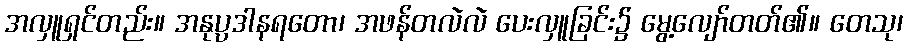
အလှူရှင်တည်း။ အနုပ္ပဒါနရတော၊ အဖန်တလဲလဲ ပေးလှူခြင်း၌ မွေ့လျော်တတ်၏။ တေသု၊